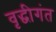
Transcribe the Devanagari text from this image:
वृद्धीगंत